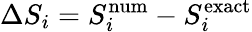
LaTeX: \Delta S_{i}=S_{i}^{\mathrm{num}}-S_{i}^{\mathrm{exact}}